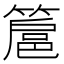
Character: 簄